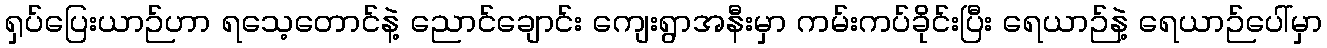
ရှပ်ပြေးယာဉ်ဟာ ရသေ့တောင်နဲ့ ညောင်ချောင်း ကျေးရွာအနီးမှာ ကမ်းကပ်ခိုင်းပြီး ရေယာဉ်နဲ့ ရေယာဉ်ပေါ်မှာ